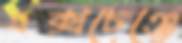
এক্সচেঞ্জে